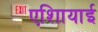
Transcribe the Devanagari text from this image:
एशिायाई